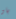
باو